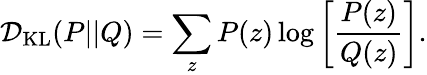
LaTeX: \mathcal{D}_{\mathrm{KL}}(P||Q)=\sum_{z}P(z)\log\left[\frac{P(z)}{Q(z)}\right].